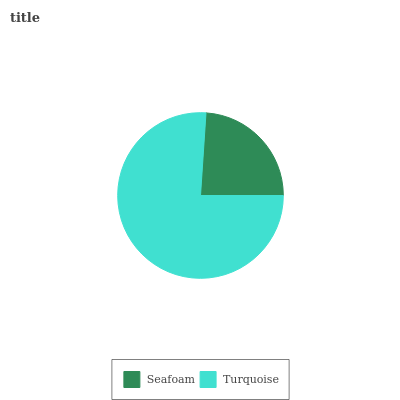
| Seafoam | Turquoise |
 | --- | --- |
 | 23.9% | 76.1% |